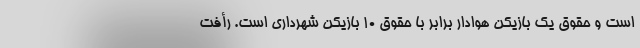
است و حقوق یک بازیکن هوادار برابر با حقوق ۱۰ بازیکن شهرداری است. رأفت